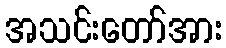
အသင်းတော်အား